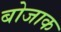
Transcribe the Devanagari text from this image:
बोजाक